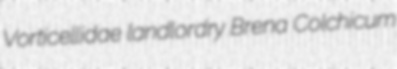
Vorticellidae landlordry Brena Colchicum